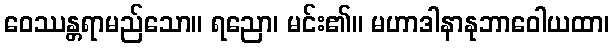
ဝေဿန္တရာမည်သော။ ရညော၊ မင်း၏။ မဟာဒါနာနုဘာဝေါယထာ၊